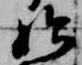
始